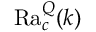
\mathrm { R a } _ { c } ^ { Q } ( k )